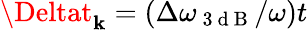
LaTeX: \Deltat_{\mathbf{k}}=(\Delta\omega_{\mathrm{{~3~d~B~}}}/\omega)t